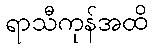
ရာသီကုန်အထိ